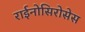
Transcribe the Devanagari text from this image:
राईनोसिरोसेस